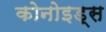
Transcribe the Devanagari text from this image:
कोनोइड्स